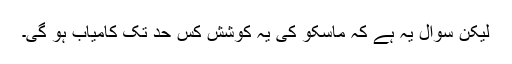
لیکن سوال یہ ہے کہ ماسکو کی یہ کوشش کس حد تک کامیاب ہو گی۔